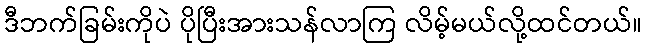
ဒီဘက်ခြမ်းကိုပဲ ပိုပြီးအားသန်လာကြ လိမ့်မယ်လို့ထင်တယ်။